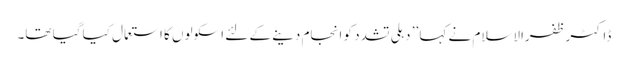
ڈاکٹر ظفرالاسلام نے کہا ’’ دہلی تشدد کو انجام دینے کے لئے اسکولوں کا استعمال کیا گیا تھا۔